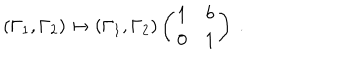
LaTeX: ( \Gamma _ { 1 } , \Gamma _ { 2 } ) \mapsto ( \Gamma _ { 1 } , \Gamma _ { 2 } ) \left( \begin{array} { c c } { { 1 } } & { { b } } \\ { { 0 } } & { { 1 } } \\ \end{array} \right) \ .